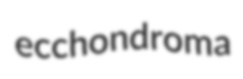
ecchondroma